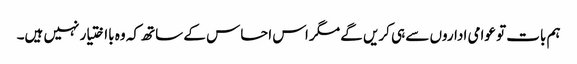
ہم بات تو عوامی اداروں سے ہی کریں گے مگر اس احساس کے ساتھ کہ وہ بااختیار نہیں ہیں۔